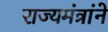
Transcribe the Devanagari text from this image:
राज्यमंत्रांने